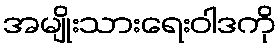
အမျိုးသားရေးဝါဒကို